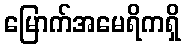
မြောက်အမေရိကရှိ